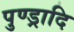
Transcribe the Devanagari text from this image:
पुण्ड्रादि